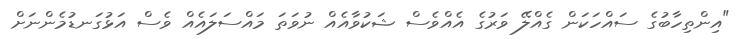
"އިންތިހާބުގެ ސައްހަކަން ގެއްލޭ ވަރުގެ އެއްވެސް ޝަކުވާއެއް ނުވަތަ މައްސަލައެއް ވެސް އަޅުގަނޑުމެންނަށް